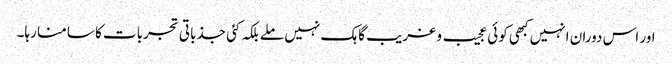
اور اس دوران انہیں کبھی کوئی عجیب و غریب گاہک نہیں ملے بلکہ کئی جذباتی تجربات کا سامنا رہا۔